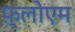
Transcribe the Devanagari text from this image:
फ़्लोएम